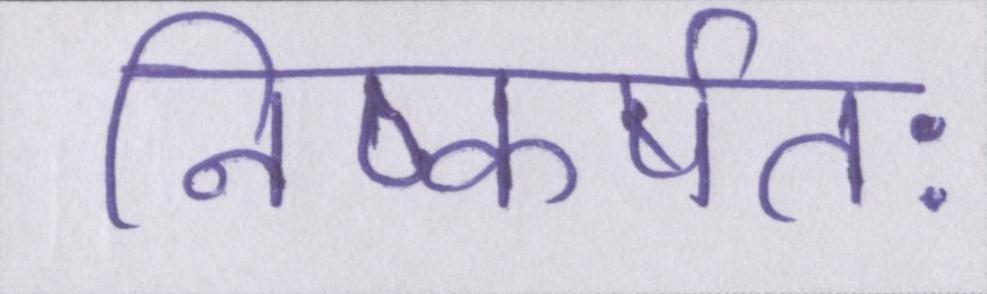
निष्कर्षतः